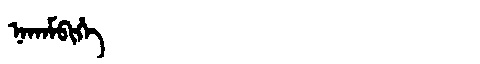
Manchu: ᠨᠠᡴᠠᠮᠪᡳᡥᡝ
Romanization: NAKAMBIHE